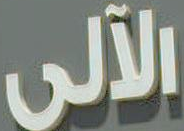
الآلى